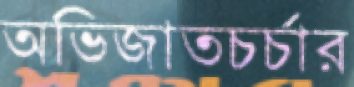
অভিজাতচর্চার